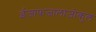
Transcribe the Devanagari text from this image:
ईजाफजालाजोकुल